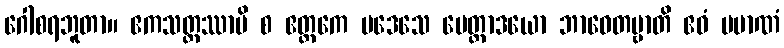
ဂေါစရဘူတာ။ ဧကသတ္တဿာပိ စ ဧတ္တကေ ပဒေသေ မေတ္တာဒယော ဘာဝေတဗ္ဗာတိ ဧဝံ ပမာဏံ